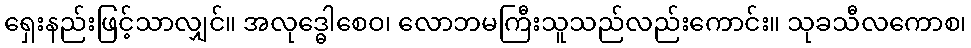
ရှေးနည်းဖြင့်သာလျှင်။ အလုဒ္ဓေါစေဝ၊ လောဘမကြီးသူသည်လည်းကောင်း။ သုခသီလကောစ၊